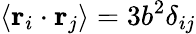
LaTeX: \langle\mathbf{r}_{i}\cdot\mathbf{r}_{j}\rangle=3b^{2}\delta_{ij}